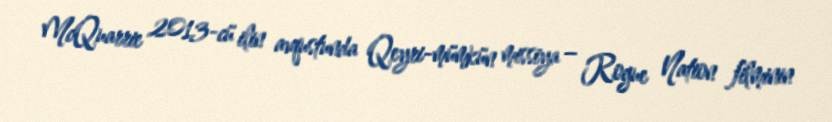
McQuarrie 2013-cü ilin avqustunda Qeyri-mümkün missiya – Rogue Nation filminin